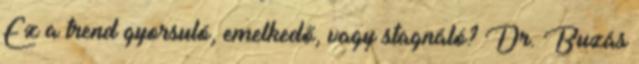
Ez a trend gyorsuló, emelkedő, vagy stagnáló? Dr. Buzás